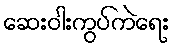
ဆေးဝါးကွပ်ကဲရေး